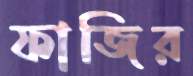
ফাজির